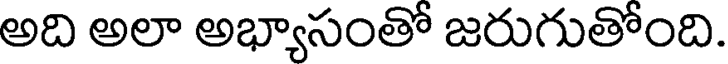
అది అలా అభ్యాసంతో జరుగుతోంది.